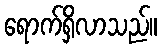
ရောက်ရှိလာသည်။